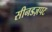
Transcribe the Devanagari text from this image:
सीनडज़पट